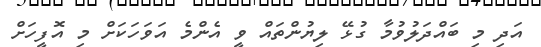
އަދި މި ބައްދަލުވުމާ ގުޅޭ ލިޔުންތައް ވީ އެންމެ އަވަހަކަށް މި އޮފީހަށް